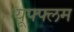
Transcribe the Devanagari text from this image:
यूफ्फ्लम